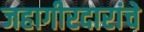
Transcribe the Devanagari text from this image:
जहागीरदारांचे